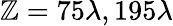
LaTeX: \mathbb{Z}=75\lambda,195\lambda